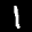
Label: 1